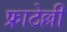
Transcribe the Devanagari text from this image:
फ्राठेल्ली